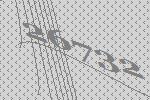
26732